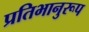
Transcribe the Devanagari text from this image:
प्रतिभानुरूप